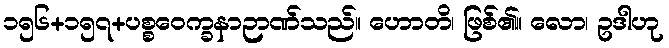
၁၅၆+၁၅၇+ပစ္စဝေက္ခနာဉာဏ်သည်။ ဟောတိ၊ ဖြစ်၏။ လော၊ ဥဒါဟု